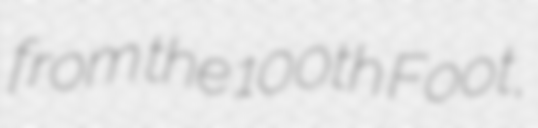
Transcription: from the 100th Foot,